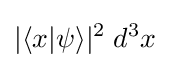
|\langle x|\psi \rangle |^{2}\;d^{3}x